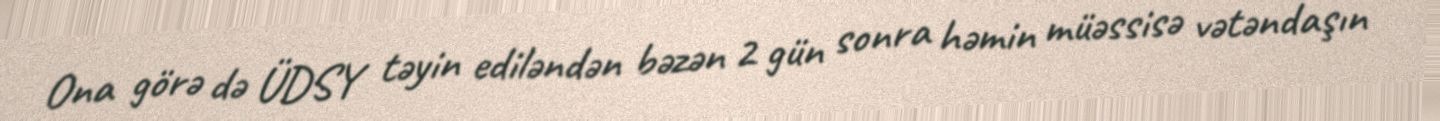
Ona görə də ÜDSY təyin ediləndən bəzən 2 gün sonra həmin müəssisə vətəndaşın